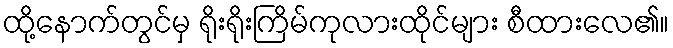
ထို့နောက်တွင်မှ ရိုးရိုးကြိမ်ကုလားထိုင်များ စီထားလေ၏။